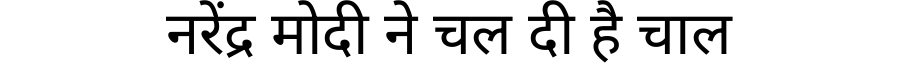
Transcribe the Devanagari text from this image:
नरेंद्र मोदी ने चल दी है चाल